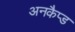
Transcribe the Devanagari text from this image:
अनकैप्ड